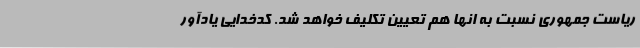
ریاست جمهوری نسبت به انها هم تعیین تکلیف خواهد شد. کدخدایی یادآور